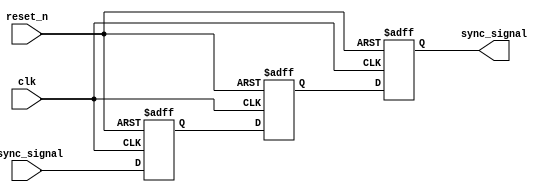
module TwoFF_Metastability_Detector (
    input wire clk,              // Clock signal
    input wire async_signal,     // Asynchronous input signal
    input wire reset_n,          // Active low asynchronous reset signal
    output reg sync_signal        // Synchronized output signal
);

    reg ff1;                     // First flip-flop
    reg ff2;                     // Second flip-flop

    // First flip-flop to sample the asynchronous signal
    always @(posedge clk or negedge reset_n) begin
        if (!reset_n) begin
            ff1 <= 1'b0;         // Reset state for FF1
        end else begin
            ff1 <= async_signal; // Capture the async_signal
        end
    end

    // Second flip-flop to synchronize the output
    always @(posedge clk or negedge reset_n) begin
        if (!reset_n) begin
            ff2 <= 1'b0;         // Reset state for FF2
        end else begin
            ff2 <= ff1;          // Capture the output of FF1
        end
    end

    // Assign the synchronized output signal
    always @(posedge clk or negedge reset_n) begin
        if (!reset_n) begin
            sync_signal <= 1'b0;  // Reset state for sync_signal
        end else begin
            sync_signal <= ff2;    // Output the value of FF2
        end
    end

endmodule